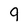
Character: 9